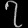
Digit: ၇